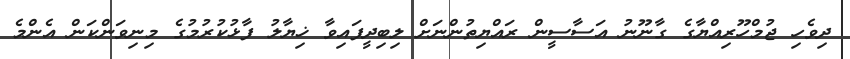
ދިވެހި ޖުމްހޫރިއްޔާގެ ގާނޫނު އަސާސީން ރައްޔިތުންނަށް ލިބިދީފައިވާ ޚިޔާލު ފާޅުކުރުމުގެ މިނިވަންކަން އެންމެ